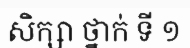
សិក្សា ថ្នាក់ ទី ១